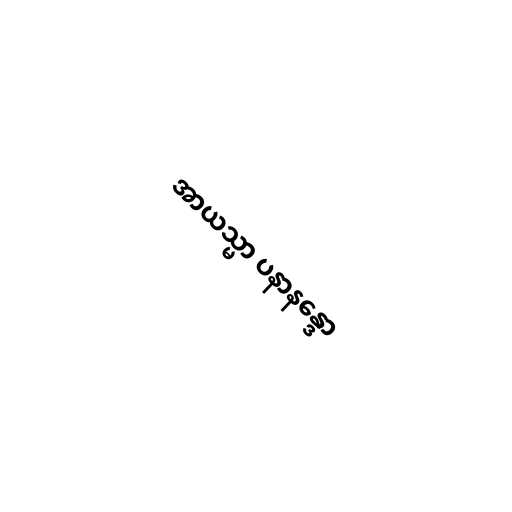
အာယသ္မာ ပနာနန္ဒော